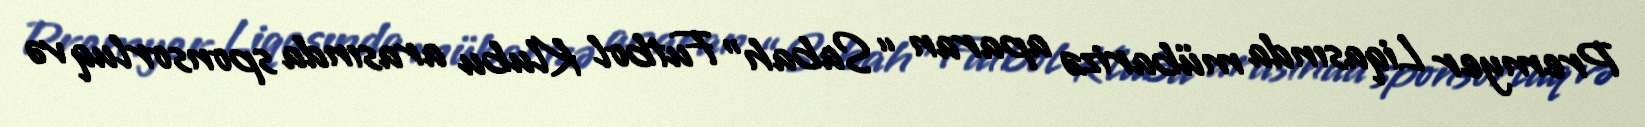
Premyer Liqasında mübarizə aparan “Sabah” Futbol Klubu arasında sponsorluq və